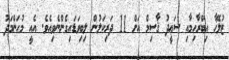
ޒުލޭޚާ އިބްރާހިމާއި ސަޢީދު ޤާސިމް އަށް 11 ދަރިކަލުން ލިބިވަޑައިގެންނެވިއެވެ. އެއީ މުޙަންމަދު